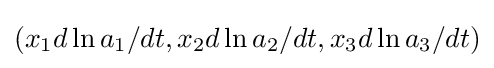
(x_{1}d\ln a_{1}/dt,x_{2}d\ln a_{2}/dt,x_{3}d\ln a_{3}/dt)